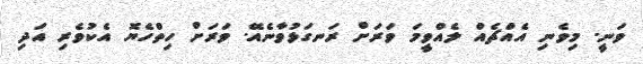
ވަނީ. މިވެނި އެއްޗެއް ލެއްވީމަ ވަރަށް ރަނގަޅުވާނެއޭ. ވަރަށް ހިތްހެޔޮ އެކުވެރި އަދި